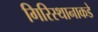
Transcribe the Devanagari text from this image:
गिरिस्थानाकडे